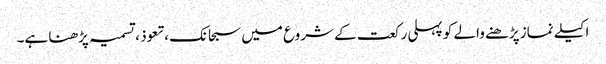
اکیلے نماز پڑھنے والے کو پہلی رکعت کے شروع میں سبحانک ،تعوذ ، تسمیہ پڑھنا ہے۔